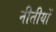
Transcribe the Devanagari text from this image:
नीतीयों